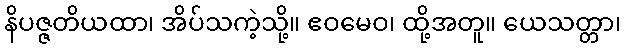
နိပဇ္ဇတိယထာ၊ အိပ်သကဲ့သို့။ ဧဝမေဝ၊ ထို့အတူ။ ယေသတ္တာ၊